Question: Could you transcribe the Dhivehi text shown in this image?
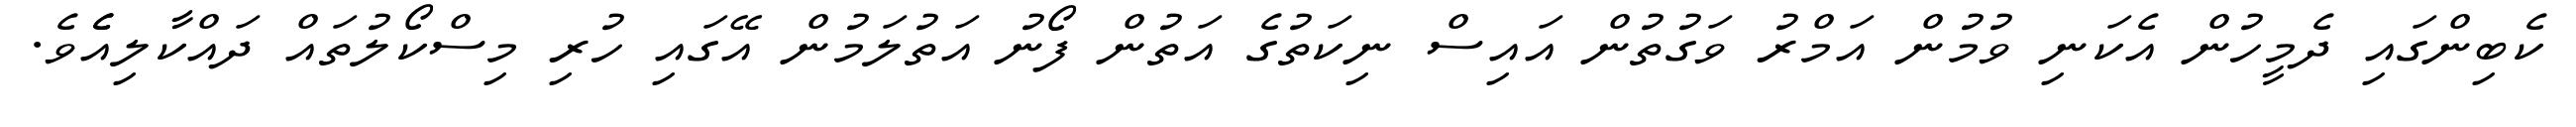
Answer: ކެބިންގައި ދެމީހުން އެކަނި ވުމުން އަމްރު ވަގުތުން އައިސް ނިކަތުގެ އަތުން ފޯނު އަތުލަމުން އޭގައި ހުރި މިސްކޯލުތައް ދައްކާލިއެެވެ.